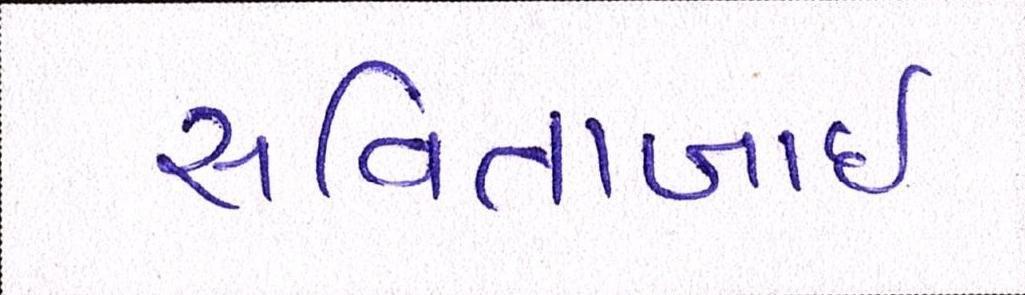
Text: સવિતાબાઇ